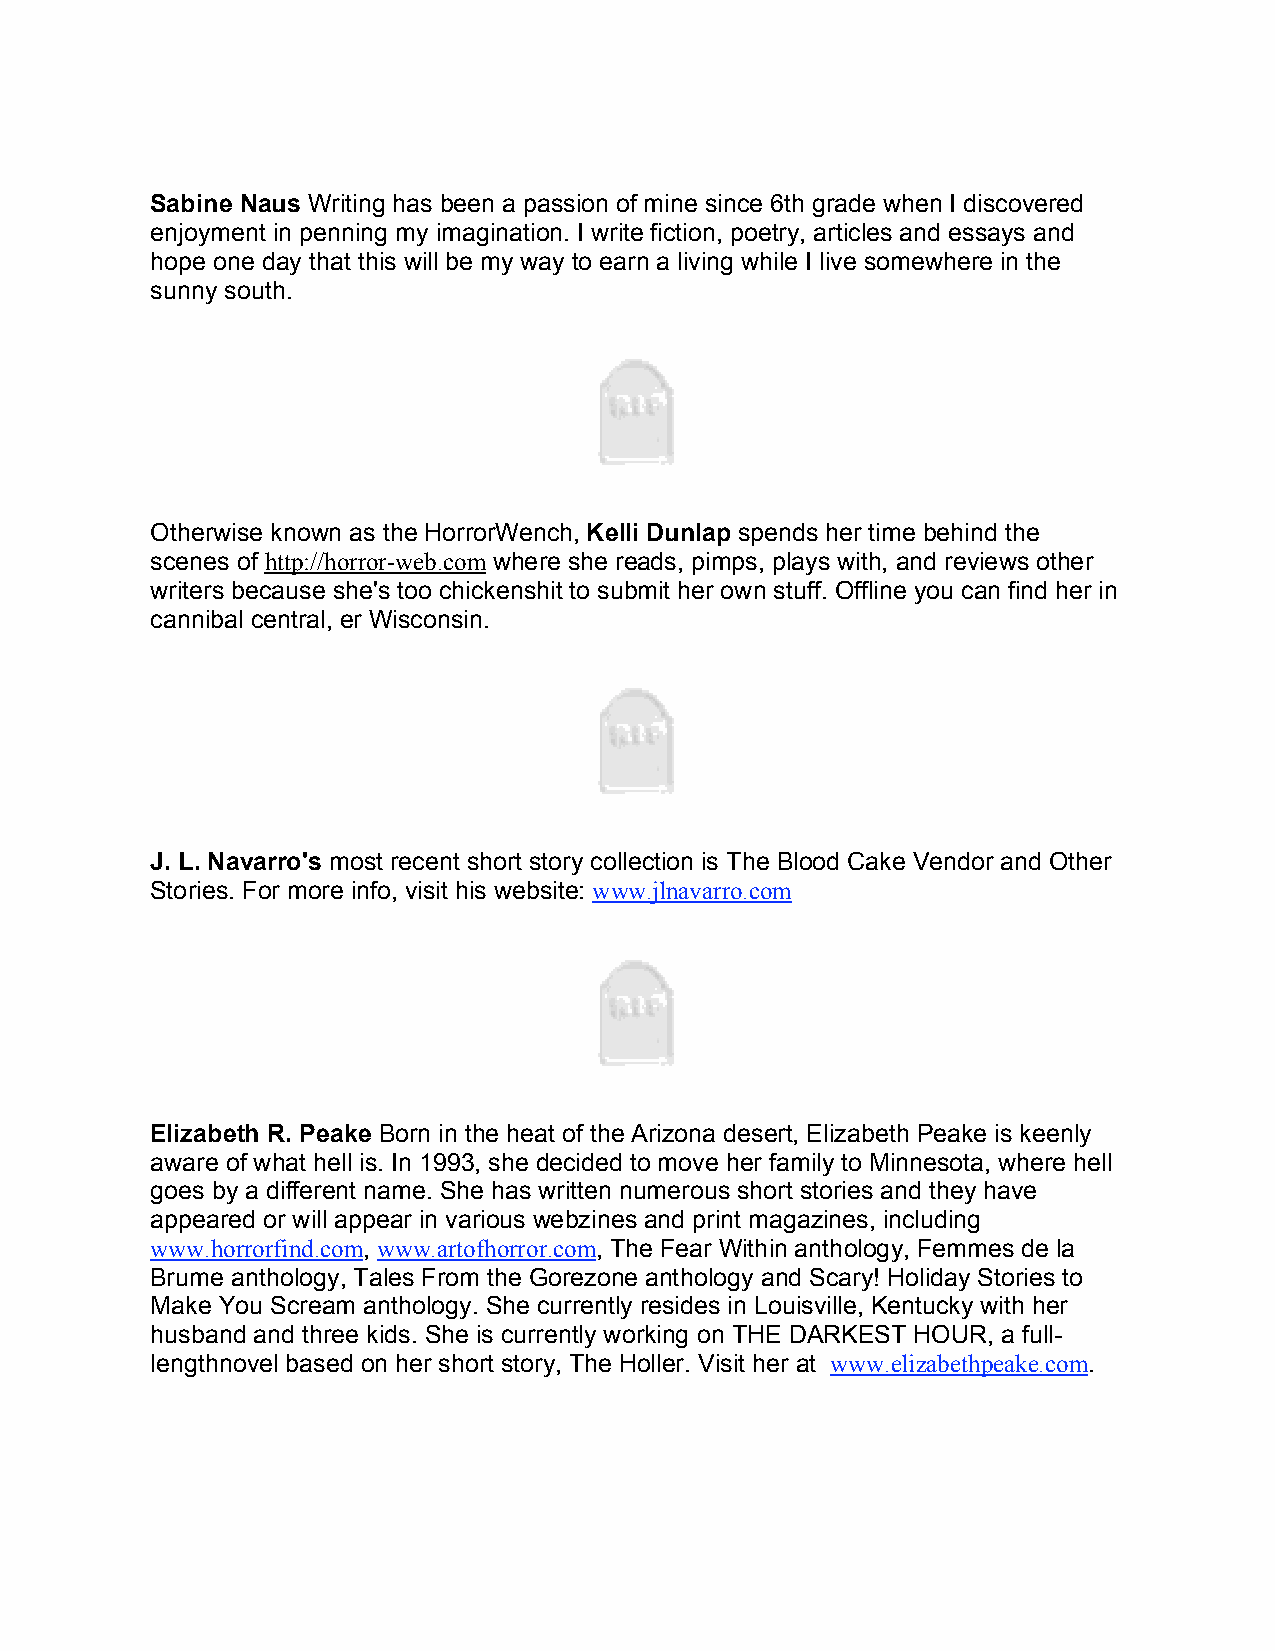
Sabine Naus Writing has been a passion of mine since 6th grade when I discovered
 enjoyment in penning my imagination. I write fiction, poetry, articles and essays and
 hope one day that this will be my way to earn a living while I live somewhere in the
 sunny south.
 Otherwise known as the HorrorWench, Kelli Dunlap spends her time behind the
 scenes of http://horror-web.com where she reads, pimps, plays with, and reviews other
 writers because she's too chickenshit to submit her own stuff. Offline you can find her in
 cannibal central, er Wisconsin.
 J. L. Navarro's most recent short story collection is The Blood Cake Vendor and Other
 Stories. For more info, visit his website: www.jlnavarro.com
 Elizabeth R. Peake Born in the heat of the Arizona desert, Elizabeth Peake is keenly
 aware of what hell is. In 1993, she decided to move her family to Minnesota, where hell
 goes by a different name. She has written numerous short stories and they have
 appeared or will appear in various webzines and print magazines, including
 www.horrorfind.com, www.artofhorror.com, The Fear Within anthology, Femmes de la
 Brume anthology, Tales From the Gorezone anthology and Scary! Holiday Stories to
 Make You Scream anthology. She currently resides in Louisville, Kentucky with her
 husband and three kids. She is currently working on THE DARKEST HOUR, a full-
 lengthnovel based on her short story, The Holler. Visit her at www.elizabethpeake.com.